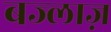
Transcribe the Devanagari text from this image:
बज्लाज़